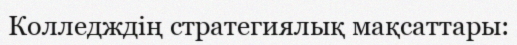
Колледждің стратегиялық мақсаттары: